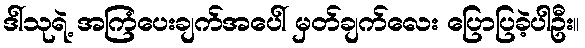
ဒါ်သုရဲ့ အကြံပေးချက်အပေါ် မှတ်ချက်လေး ပြောပြခဲ့ပါဦး။